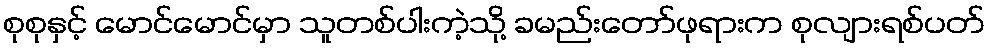
စုစုနှင့် မောင်မောင်မှာ သူတစ်ပါးကဲ့သို့ ခမည်းတော်ဖုရားက စုလျားရစ်ပတ်